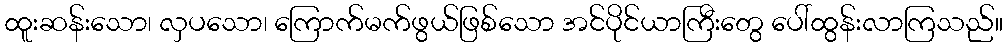
ထူးဆန်းသော၊ လှပသော၊ ကြောက်မက်ဖွယ်ဖြစ်သော အင်ပိုင်ယာကြီးတွေ ပေါ်ထွန်းလာကြသည်။